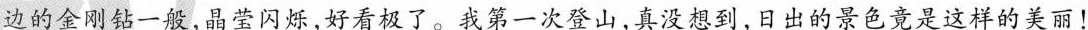
边的金刚钻一般，晶莹闪烁，好看极了。我第一次登山，真没想到，日出的景色竟是这样的美丽！